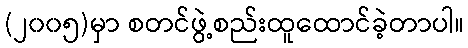
(၂၀၀၅)မှာ စတင်ဖွဲ့စည်းထူထောင်ခဲ့တာပါ။